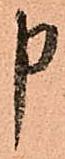
申